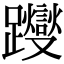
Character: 躞